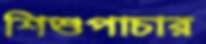
শিশুপাচার